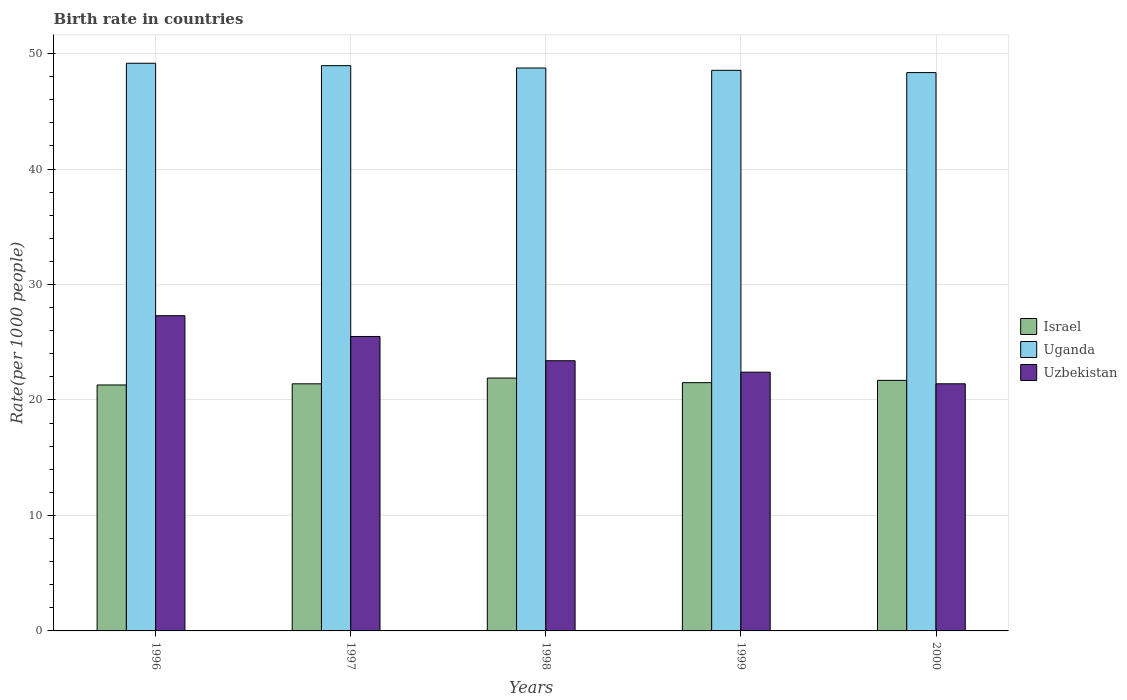
| Years | Israel | Uganda | Uzbekistan |
 | --- | --- | --- | --- |
 | 1996 | 21.3 | 49.2 | 27.3 |
 | 1997 | 21.4 | 49 | 25.5 |
 | 1998 | 21.9 | 48.8 | 23.4 |
 | 1999 | 21.5 | 48.6 | 22.4 |
 | 2000 | 21.7 | 48.4 | 21.4 |